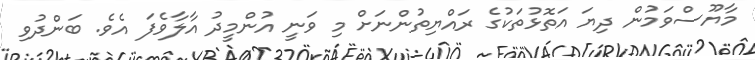
މާޔޫސްވަމުން ދިޔަ އަތޮޅުތަކުގެ ރައްޔިތުންނަށް މި ވަނީ އުންމީދު އާލާވެފަ އެވެ. ބަންދުވި